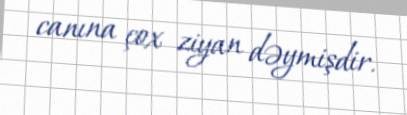
canına çox ziyan dəymişdir.